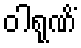
ဝါရုဏိံ